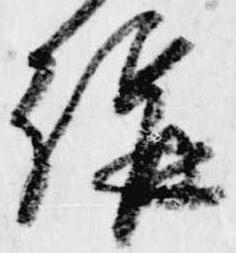
講